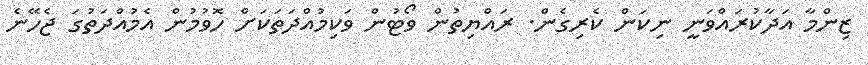
ޒިންމާ އަދާކުރައްވަނީ ނިކަން ކެރިގެން. ރައްޔިތުން ވޯޓުން ވަކިމުއްދަތަކަށް ހޮވުމުން އެމުއްދަތުގަ ޖެހޭނެ